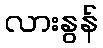
လားနွန်